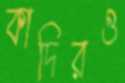
কাদিরও